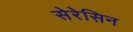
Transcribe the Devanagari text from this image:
सेरेसिन